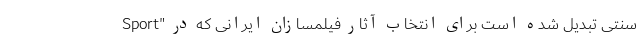
سنتی تبدیل شده است برای انتخاب آثار فیلمسازان ایرانی که در "Sport